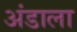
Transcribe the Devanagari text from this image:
अंडाला